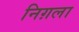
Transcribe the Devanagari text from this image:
निग़ला